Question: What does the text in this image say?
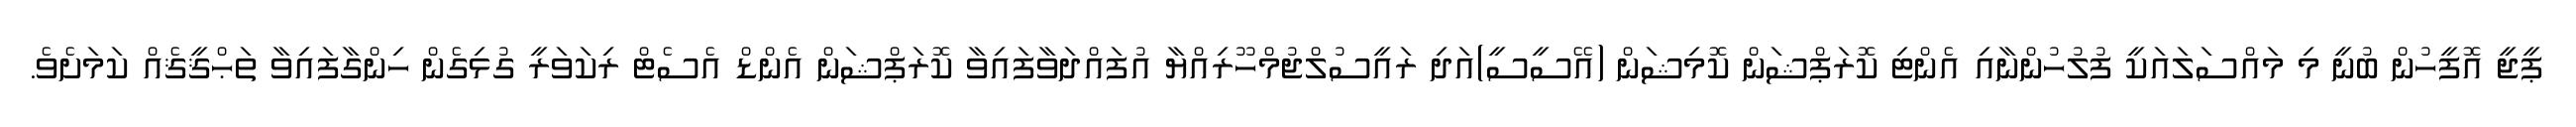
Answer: ޕީޖީ އޮފީހުން ބުނީ މި މައްސަލައަކީ ފުލުހުންނާއި އެންޓި ކޮރަޕްޝަން ކޮމިޝަން (އޭސީސީ)އަދި ރައީސުލްޖުމްހޫރިއްޔާ އުފައްދަވާފައިވާ ކޮރަޕްޝަން އެންޑް އެސެޓް ރިކަވަރީ ގުޅިގެން ހިންގާފައިވާ ތަޙްޤީޤެއް ކަމަށެވެ.